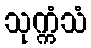
သုက္ကံသံ